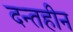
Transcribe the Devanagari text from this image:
दन्तहीन